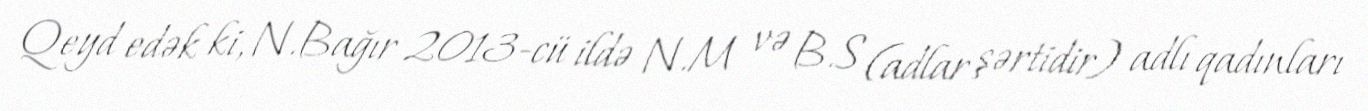
Qeyd edək ki, N.Bağır 2013-cü ildə N.M və B.S (adlar şərtidir) adlı qadınları